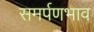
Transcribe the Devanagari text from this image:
समर्पणभाव